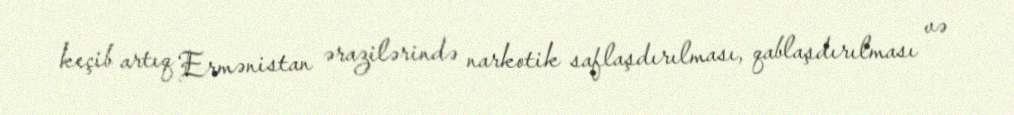
keçib artıq Ermənistan ərazilərində narkotik saflaşdırılması, qablaşdırılması və